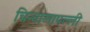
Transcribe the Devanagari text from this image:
चिन्तालापल्ली